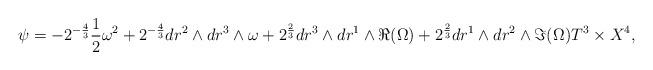
LaTeX: \begin{align*}\psi = - 2^{-\frac{4}{3}} \frac{1}{2} \omega^2 + 2^{-\frac{4}{3}} dr^2 \wedge dr^3 \wedge \omega + 2^{\frac{2}{3}} dr^3 \wedge dr^1 \wedge \Re (\Omega) + 2^{\frac{2}{3}} dr^1 \wedge dr^2 \wedge \Im (\Omega) T^3 \times X^4,\end{align*}